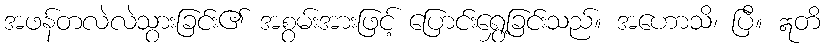
အဖန်တလဲလဲသွားခြင်း၏ အစွမ်းအားဖြင့် ပြောင်းရွှေ့ခြင်းသည်။ အဟောသိ၊ ပြီ။ ဣတိ